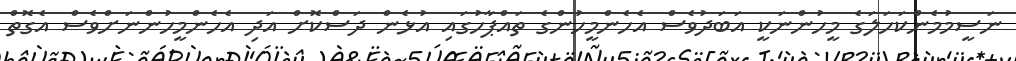
ނަސީމުމެންކަހަލަގެ މީހުންނަކީ އަބަދުވެސް އެހެންމީހުންގެ ތައްޕާހުގައި އުޅެން ދަސްކޮށް އަދި އެހެންމީހުންނަށްވެސް އެގޮތް